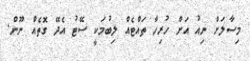
މިސާލަށް ނިއު އަށް ހުރިހާ ތައްޓެއް ލިބުމަކީ ސޭޓު އެދޭ ގޮތެއް ނޫން.